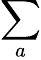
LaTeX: \sum_{a}